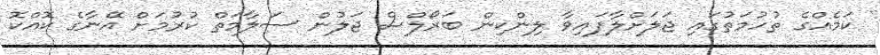
ކަމެއްގެ ތުހުމަތުގައި ޖަލަށްލާފައިވާ ލިންކިން ބަރޯލްސް ޖަލުން ސަލާމަތް ކުރުމަށް އޭނާގެ ކޮއްކޮ